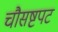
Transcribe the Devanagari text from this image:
चौसष्टपट